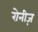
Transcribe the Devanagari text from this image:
रोनीज़